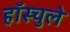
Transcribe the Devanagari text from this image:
हॉस्चुले